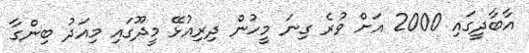
އާބާދީގައި 2000 އަށް ވުރެ ގިނަ މީހުން ދިރިއުޅޭ މީދޫގައި މިއަދު ބިންގާ